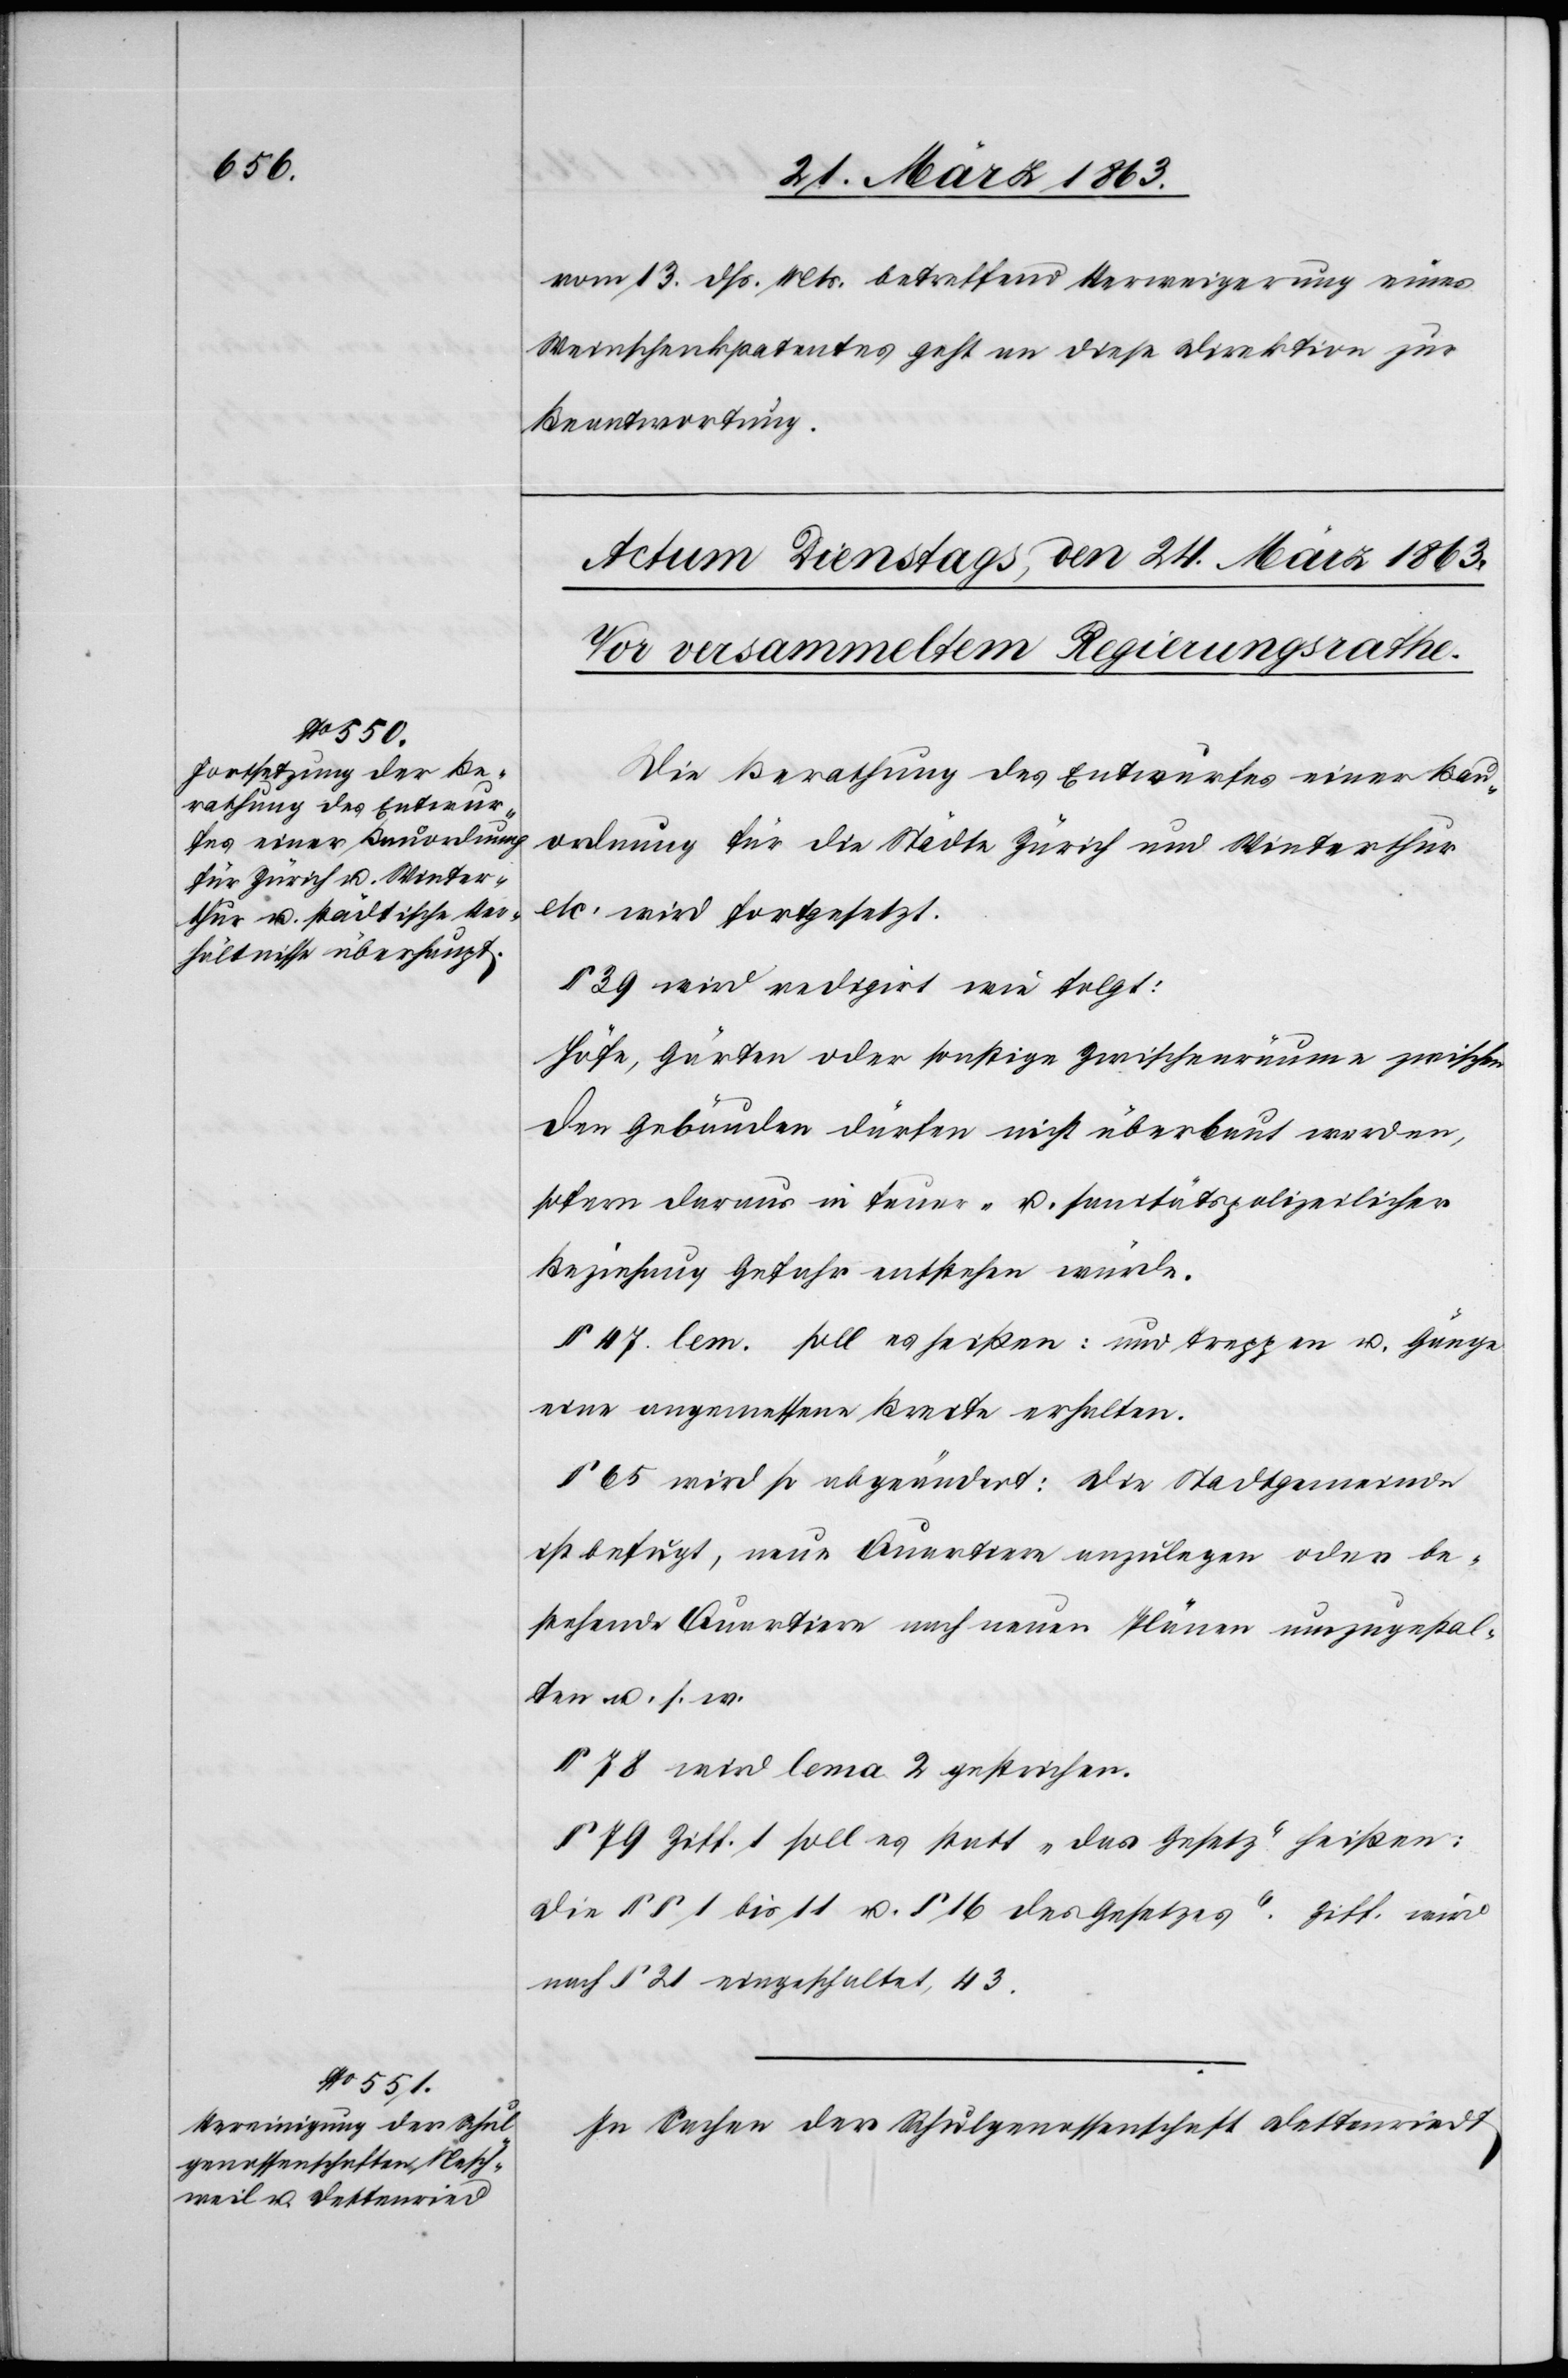
vom 13. dß. Mts. betreffend Verweigerung eines
Weinschenkpatentes geht an diese Direktion zur
Beantwortung.
Die Berathung des Entwurfes einer Bau¬
ordnung für die Städte Zürich und Winterthur
etc. wird fortgesetzt.
§ 39 wird redigirt wie folgt:
Höfe, Gärten oder sonstige Zwischenräume zwischen
den Gebäuden dürfen nicht überbaut werden,
sofern daraus in feuer- u. sanitätspolizeilicher
Beziehung Gefahr entstehen würde.
§ 47 lem. … soll es heißen: und Treppen u. Gänge
eine angemessene Breite erhalten.
§ 65 wird so abgeändert: Die Stadtgemeinde
ist befugt, neue Quartiere anzulegen oder be¬
stehende Quartiere nach neuen Plänen umzugestal¬
ten u. s. w.
§ 78 wird lema 2 gestrichen.
§ 79 Ziff. 1 soll es statt „das Gesetz“ heißen:
[„]Die §§ 1 bis 11 u. § 16 des Gesetzes“. Ziff. wird
nach § 21 eingeschaltet, 43.
In Sachen der Schulgenossenschaft Dettenriedt